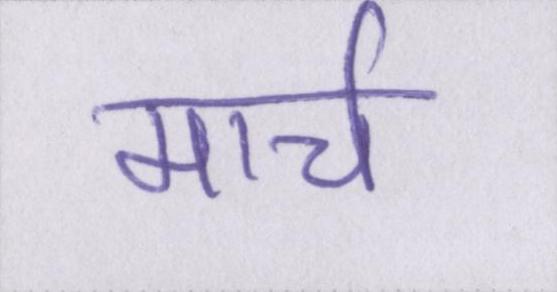
मार्च